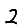
Digit: 2